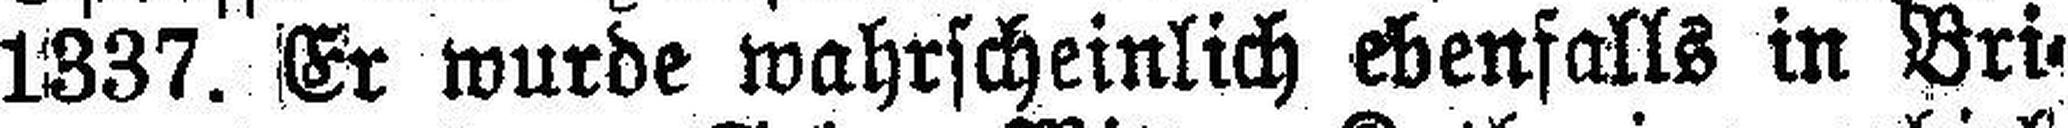
1337. Er wurde wahrscheinlich Ebenfalls in Bri¬